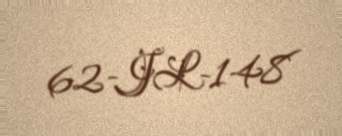
62-JL-148